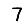
Digit: 7